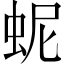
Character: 蚭